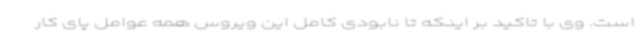
است. وی با تاکید بر اینکه تا نابودی کامل این ویروس همه عوامل پای کار